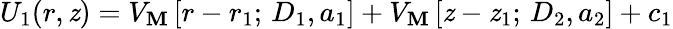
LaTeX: U_{1}(r,\mathit{z})=V_{\mathbf{M}}\left[r-r_{1};\, D_{1},a_{1}\right]+V_{\mathbf{M}}\left[\mathit{z}-\mathit{z}_{1};\, D_{2},a_{2}\right]+c_{1}